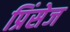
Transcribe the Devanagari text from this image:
प्रिंसेज